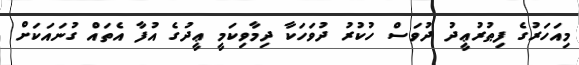
މިއަހަރުގެ ފިޠުރުޢީދު ދުވަސް ހުކުރު ދުވަހަކާ ދިމާވިކަމީ ޢީދުގެ އުފާ އެތައް ގުނައަކަށް